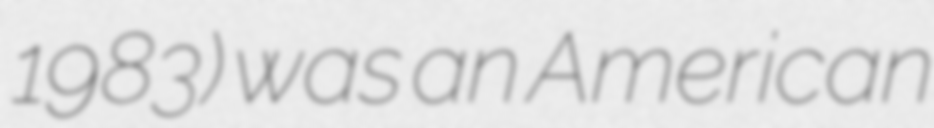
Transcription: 1983) was an American